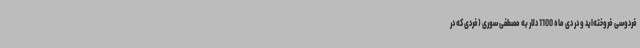
فردوسی فروخته‌اید و در دی ماه 1100 دلار به مصطفی سوری (فردی که در